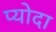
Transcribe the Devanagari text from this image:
प्योदा